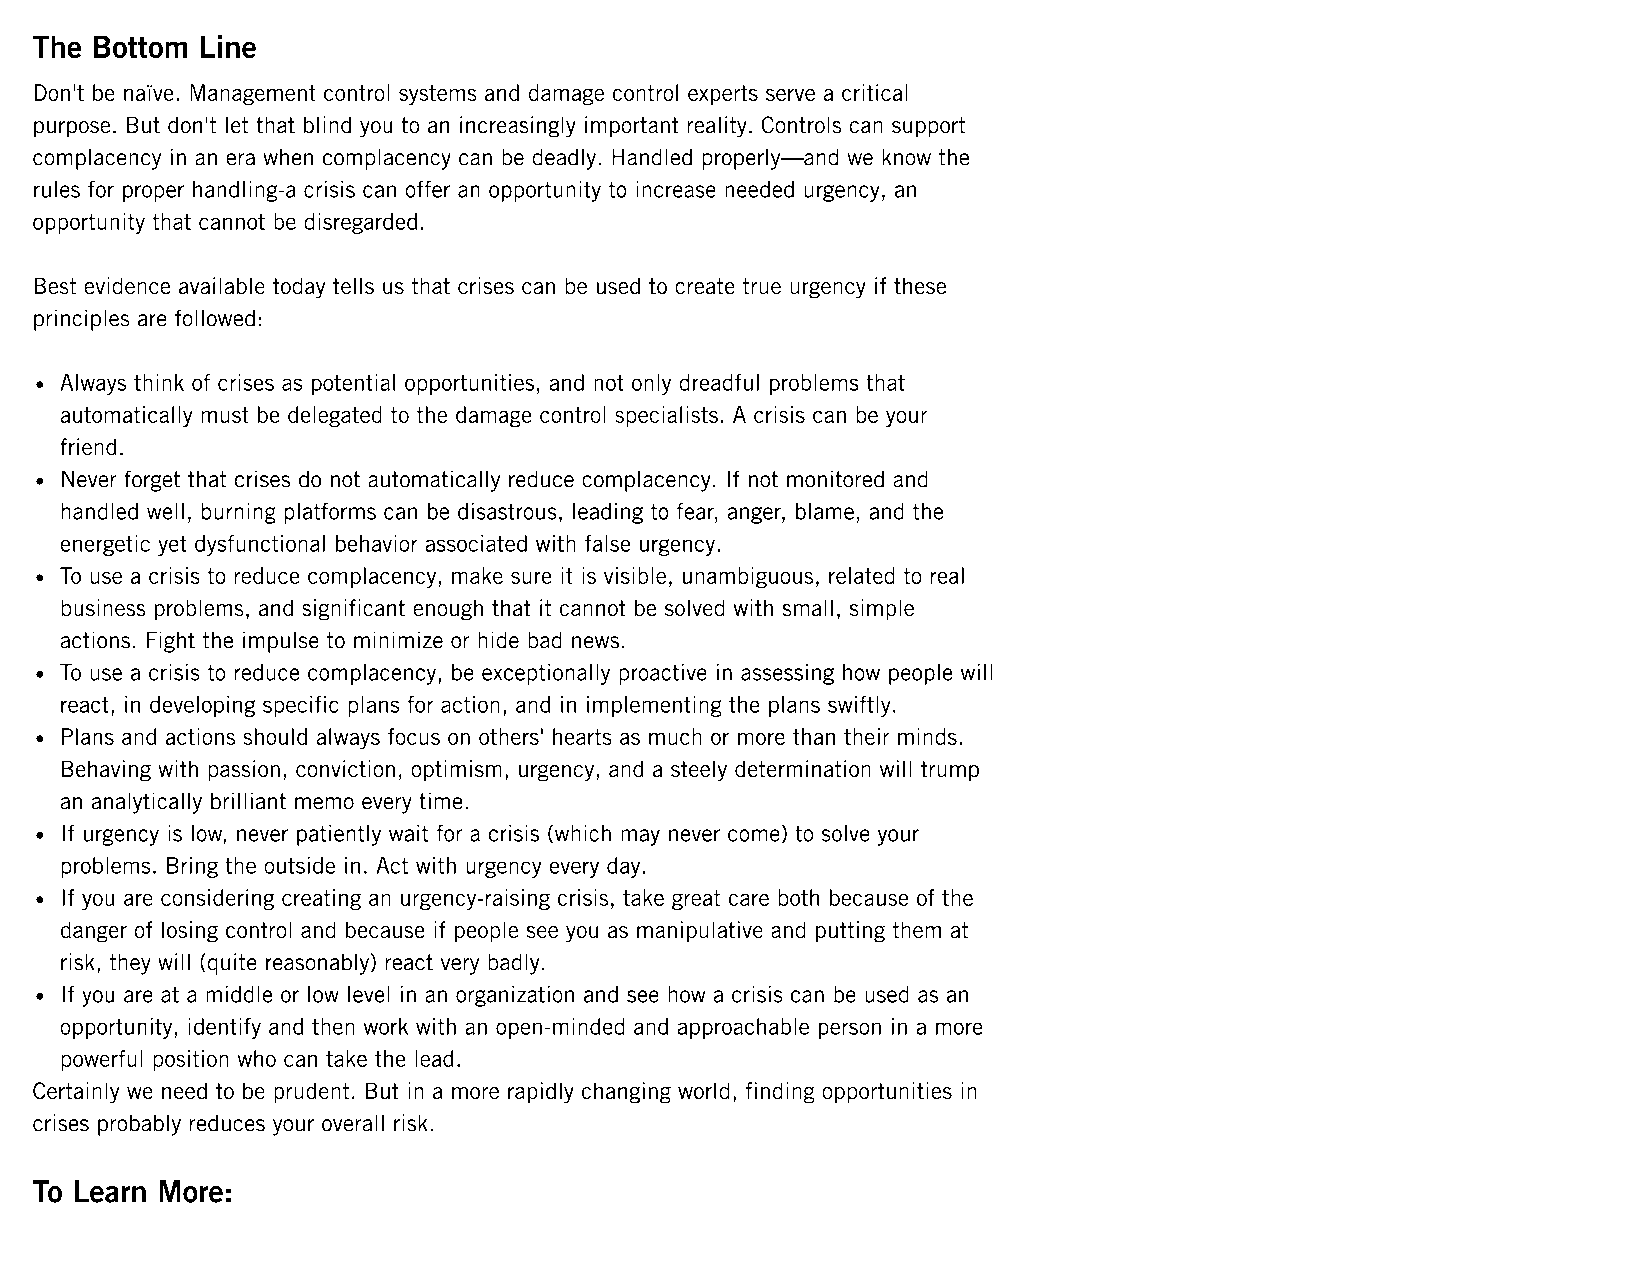
The Bottom Line
 Don't be naïve. Management control systems and damage control experts serve a critical
 purpose. But don't let that blind you to an increasingly important reality. Controls can support
 complacency in an era when complacency can be deadly. Handled properly—and we know the
 rules for proper handling-a crisis can offer an opportunity to increase needed urgency, an
 opportunity that cannot be disregarded.
 Best evidence available today tells us that crises can be used to create true urgency if these
 principles are followed:
 Always think of crises as potential opportunities, and not only dreadful problems that
 automatically must be delegated to the damage control specialists. A crisis can be your
 friend.
 Never forget that crises do not automatically reduce complacency. If not monitored and
 handled well, burning platforms can be disastrous, leading to fear, anger, blame, and the
 energetic yet dysfunctional behavior associated with false urgency.
 To use a crisis to reduce complacency, make sure it is visible, unambiguous, related to real
 business problems, and significant enough that it cannot be solved with small, simple
 actions. Fight the impulse to minimize or hide bad news.
 To use a crisis to reduce complacency, be exceptionally proactive in assessing how people will
 react, in developing specific plans for action, and in implementing the plans swiftly.
 Plans and actions should always focus on others' hearts as much or more than their minds.
 Behaving with passion, conviction, optimism, urgency, and a steely determination will trump
 an analytically brilliant memo every time.
 If urgency is low, never patiently wait for a crisis (which may never come) to solve your
 problems. Bring the outside in. Act with urgency every day.
 If you are considering creating an urgency-raising crisis, take great care both because of the
 danger of losing control and because if people see you as manipulative and putting them at
 risk, they will (quite reasonably) react very badly.
 If you are at a middle or low level in an organization and see how a crisis can be used as an
 opportunity, identify and then work with an open-minded and approachable person in a more
 powerful position who can take the lead.
 Certainly we need to be prudent. But in a more rapidly changing world, finding opportunities in
 crises probably reduces your overall risk.
 To Learn More: